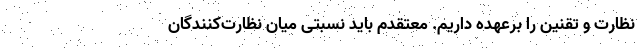
نظارت و تقنین را برعهده داریم. معتقدم باید نسبتی میان نظارت‌کنندگان